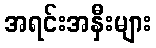
အရင်းအနှီးများ